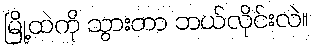
မြို့ထဲကို သွားတာ ဘယ်လိုင်းလဲ။